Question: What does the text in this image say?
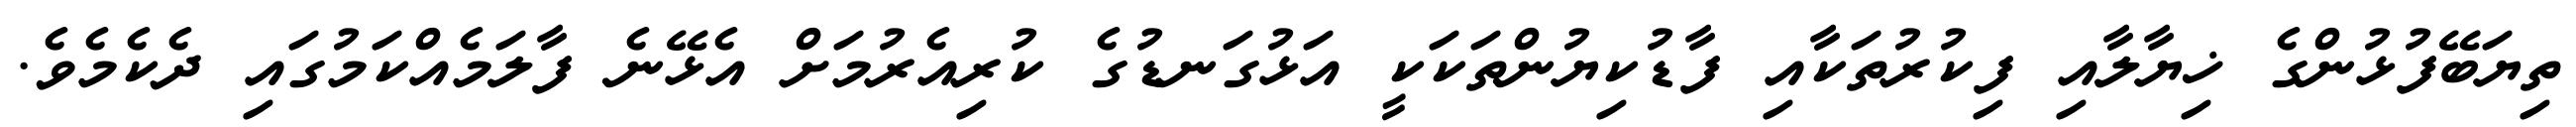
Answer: ތިޔަބޭފުޅުންގެ ޚިޔާލާއި ފިކުރުތަކާއި ފާޑުކިޔުންތަކަކީ އަޅުގަނޑުގެ ކުރިއެރުމަށް އެޅޭނެ ފާލަމެއްކަމުގައި ދެކެމެވެ.